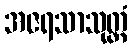
အဇရသာသုတ္တံ